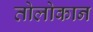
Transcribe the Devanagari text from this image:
तोलोकान